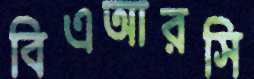
বিএআরসি